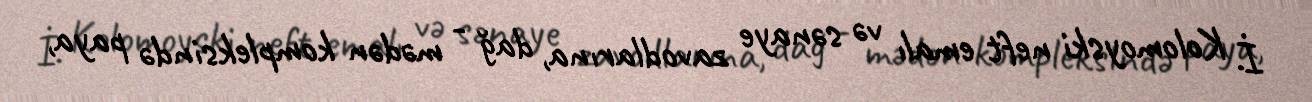
İ. Kolomoyski neft emalı və sənaye zavodlarına, dağ - mədən kompleksində paya,